Report on lock hospitals in British Burma
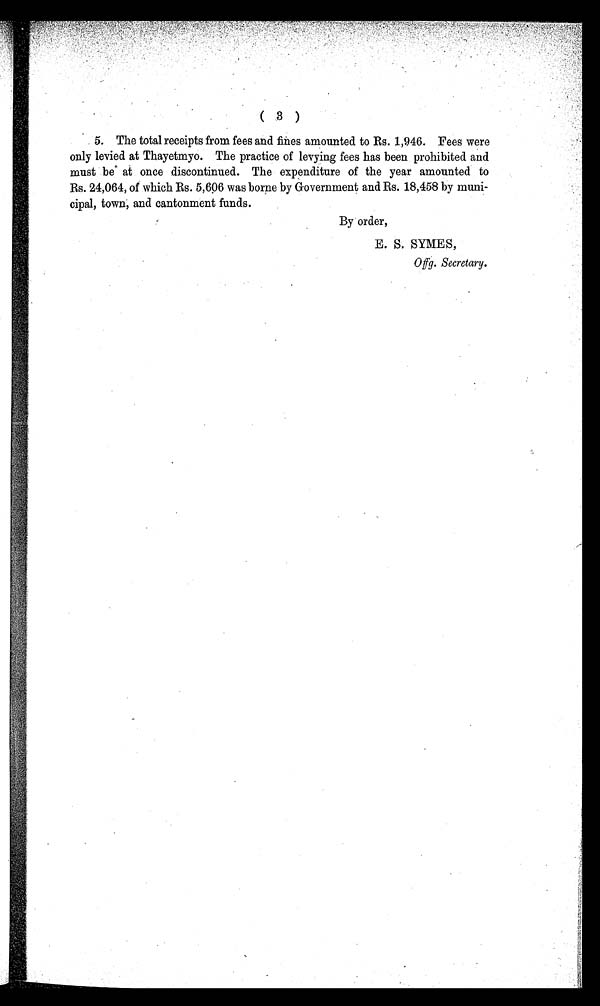
( 3 )
5. The total receipts from fees and fines amounted to Rs. 1,946. Fees were
only levied at Thayetmyo. The practice of levying fees has been prohibited and
must be at once discontinued. The expenditure of the year amounted to
Rs. 24,064, of which Rs. 5,606 was borne by Government and Rs. 18,458 by muni-
cipal, town, and cantonment funds.
By order,
E. S. SYMES,
Offg. Secretary.